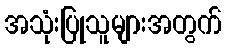
အသုံးပြုသူများအတွက်